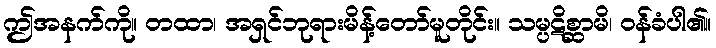
ဤအနက်ကို။ တထာ၊ အရှင်ဘုရားမိန့်တော်မူတိုင်း။ သမ္ပဋိစ္ဆာမိ၊ ဝန်ခံပါ၏။